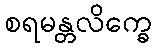
စရမန္တလိက္ခေ